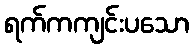
ရက်ကကျင်းပသော